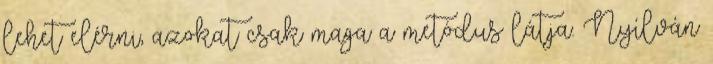
lehet elérni, azokat csak maga a metódus látja. Nyílván